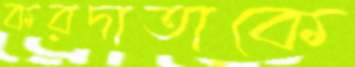
করদাতাকে